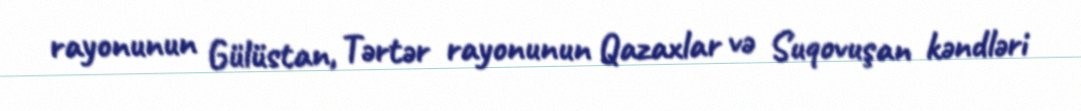
rayonunun Gülüstan, Tərtər rayonunun Qazaxlar və Suqovuşan kəndləri